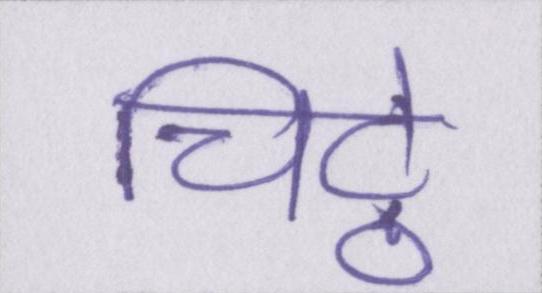
चिट्ठे